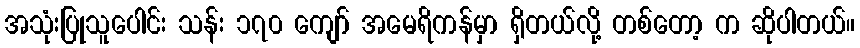
အသုံးပြုသူပေါင်း သန်း ၁၇၀ ကျော် အမေရိကန်မှာ ရှိတယ်လို့ တစ်တော့ က ဆိုပါတယ်။